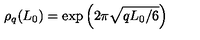
\rho _ { q } ( L _ { 0 } ) = \exp \left( 2 \pi \sqrt { q L _ { 0 } / 6 } \right)